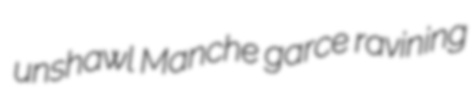
unshawl Manche garce ravining